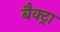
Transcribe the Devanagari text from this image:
बैक्ट्रा